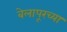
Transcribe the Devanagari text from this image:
बेलापूरच्या